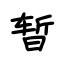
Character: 暂